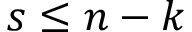
s \leq n - k